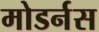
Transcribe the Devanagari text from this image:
मोडर्नस